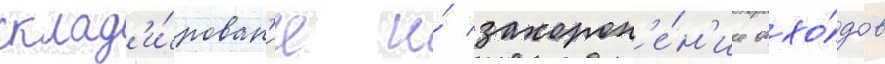
склад'и́рован'ие и́ захорон'е́н'ие отхо́дов